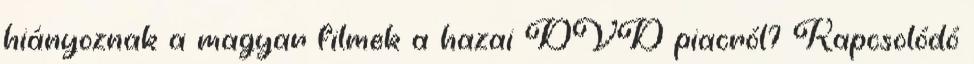
hiányoznak a magyar filmek a hazai DVD piacról? Kapcsolódó